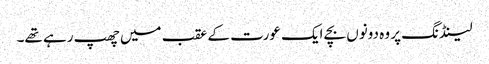
لینڈنگ پر وہ دونوں بچے ایک عورت کے عقب میں چھپ رہے تھے۔